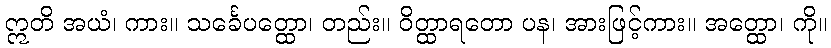
ဣတိ အယံ၊ ကား။ သင်္ခေပတ္ထော၊ တည်း။ ဝိတ္ထာရတော ပန၊ အားဖြင့်ကား။ အတ္ထော၊ ကို။